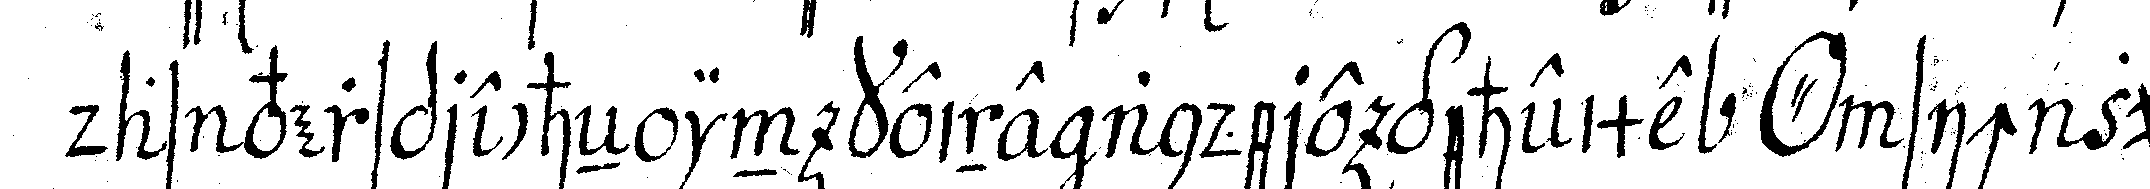
das versprecheN in keine andere geheime *o* sich zu